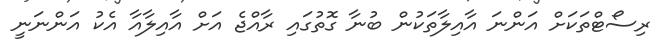
ރިސޯޓްތަކަށް އަންނަ އާއިލާތަކުން ބުނާ ގޮތުގައި ރާއްޖެ އަށް އާއިލާއާ އެކު އަންނަނީ